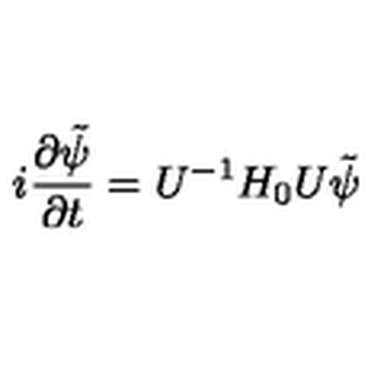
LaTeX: i \frac { \partial \tilde { \psi } } { \partial t } = U ^ { - 1 } H _ { 0 } U \tilde { \psi }